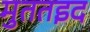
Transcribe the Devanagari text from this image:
मुततइद